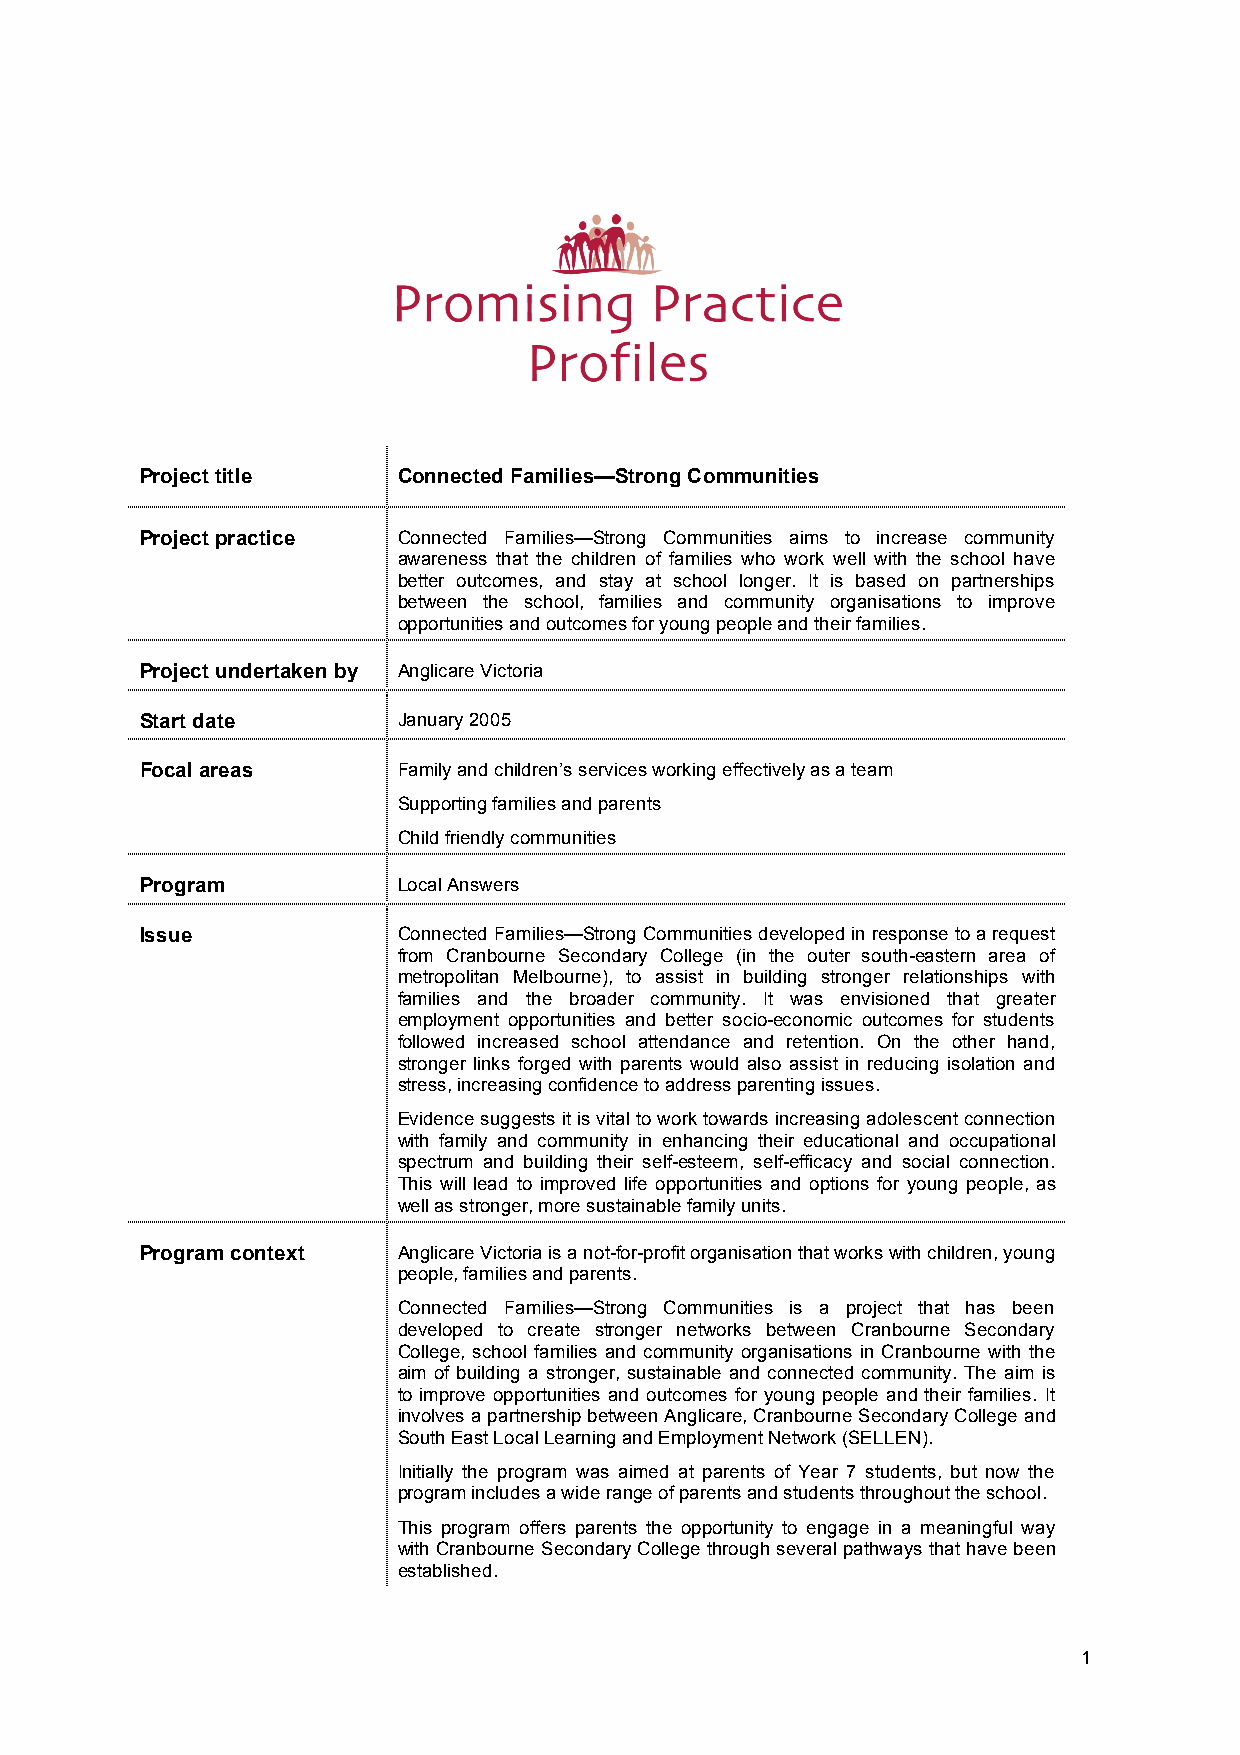
Project title    Connected Families—Strong Communities
 Project practice Connected Families—Strong Communities aims to increase community
 awareness that the children of families who work well with the school have
 better outcomes, and stay at school longer. It is based on partnerships
 between the school, families and community organisations to improve
 opportunities and outcomes for young people and their families.
 Project undertaken by Anglicare Victoria
 Start date       January 2005
 Focal areas      Family and children’s services working effectively as a team
 Supporting families and parents
 Child friendly communities
 Program          Local Answers
 Issue            Connected Families—Strong Communities developed in response to a request
 from Cranbourne Secondary College (in the outer south-eastern area of
 metropolitan Melbourne), to assist in building stronger relationships with
 families and the broader community. It was envisioned that greater
 employment opportunities and better socio-economic outcomes for students
 followed increased school attendance and retention. On the other hand,
 stronger links forged with parents would also assist in reducing isolation and
 stress, increasing confidence to address parenting issues.
 Evidence suggests it is vital to work towards increasing adolescent connection
 with family and community in enhancing their educational and occupational
 spectrum and building their self-esteem, self-efficacy and social connection.
 This will lead to improved life opportunities and options for young people, as
 well as stronger, more sustainable family units.
 Program context  Anglicare Victoria is a not-for-profit organisation that works with children, young
 people, families and parents.
 Connected Families—Strong Communities is a project that has been
 developed to create stronger networks between Cranbourne Secondary
 College, school families and community organisations in Cranbourne with the
 aim of building a stronger, sustainable and connected community. The aim is
 to improve opportunities and outcomes for young people and their families. It
 involves a partnership between Anglicare, Cranbourne Secondary College and
 South East Local Learning and Employment Network (SELLEN).
 Initially the program was aimed at parents of Year 7 students, but now the
 program includes a wide range of parents and students throughout the school.
 This program offers parents the opportunity to engage in a meaningful way
 with Cranbourne Secondary College through several pathways that have been
 established.
 1